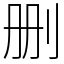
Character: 删